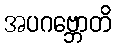
အပဂဗ္ဘောတိ